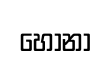
හෝනා